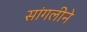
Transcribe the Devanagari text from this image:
सांगलीने